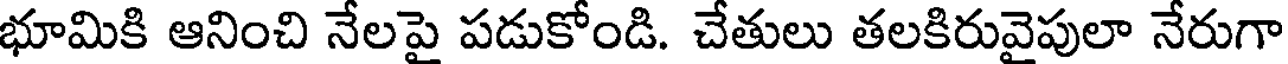
భూమికి ఆనించి నేలపై పడుకోండి. చేతులు తలకిరువైపులా నేరుగా